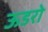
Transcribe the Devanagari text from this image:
ऊडरो